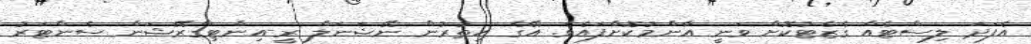
އެފަދަ ލިސްޓެއް ގެޒެޓުކޮށް ވަނީ އާންމުކޮށްފައެވެ. އޭގެ އިތުރުން ނޭޝަނަލް ރީ-އިންޓިގްރޭޝަން ސެންޓަރު